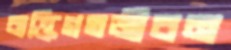
ব্যক্তিগতজীবন